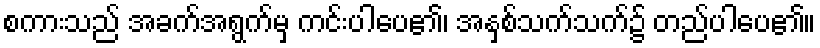
စကားသည် အခက်အရွက်မှ ကင်းပါပေ၏၊ အနှစ်သက်သက်၌ တည်ပါပေ၏။